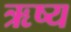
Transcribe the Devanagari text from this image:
ऋष्य